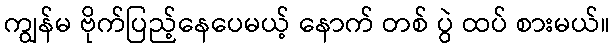
ကျွန်မ ဗိုက်ပြည့်နေပေမယ့် နောက် တစ် ပွဲ ထပ် စားမယ်။